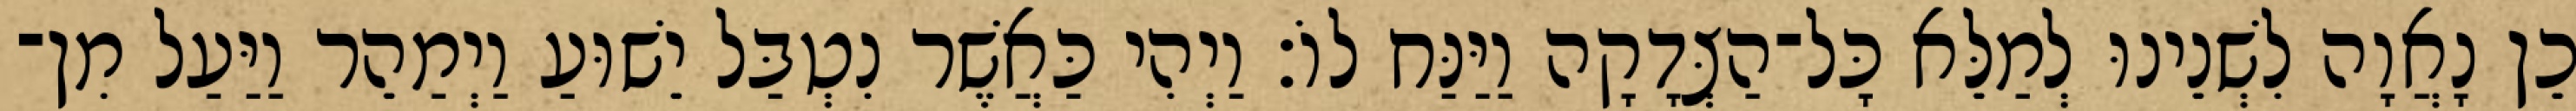
כֵן נָאֲוָה לִשְׁנֵינוּ לְמַלֵּא כָּל־הַצְּדָקָה וַיַּנַּח לוֹ׃ וַיְהִי כַּאֲשֶׁר נִטְבַּל יֵשׁוּעַ וַיְמַהֵר וַיַּעַל מִן־